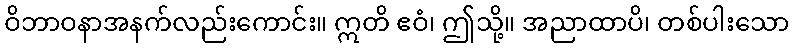
ဝိဘာဝနာအနက်လည်းကောင်း။ ဣတိ ဧဝံ၊ ဤသို့။ အညာထာပိ၊ တစ်ပါးသော